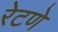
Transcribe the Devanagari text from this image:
रेटणे